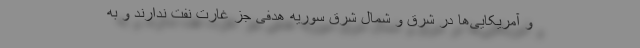
و آمریکایی‌ها در شرق و شمال شرق سوریه هدفی جز غارت نفت ندارند و به